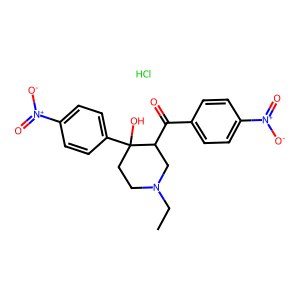
SMILES: CCN1CCC(O)(c2ccc([N+](=O)[O-])cc2)C(C(=O)c2ccc([N+](=O)[O-])cc2)C1.Cl
Inhibits HIV replication: No